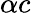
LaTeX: \alpha c